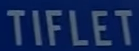
TIFLET